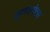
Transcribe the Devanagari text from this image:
क्लाइमेट्स